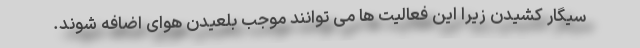
سیگار کشیدن زیرا این فعالیت ها می توانند موجب بلعیدن هوای اضافه شوند.